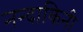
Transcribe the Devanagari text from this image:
नन्दाकिनी